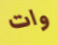
وات